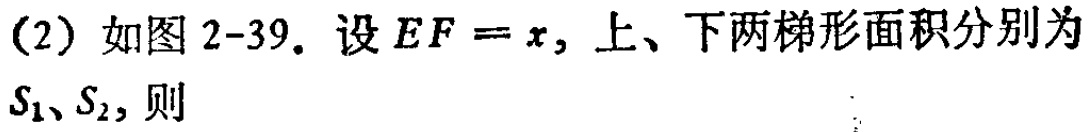
(2) 如图 2-39. 设 \(EF = x\), 上、下两梯形面积分别为 \(S_1、S_2\), 则